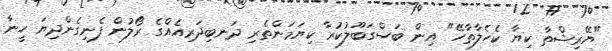
"ޔޭރިޝްތާ ކިޔާ ކެހެލާތާހޭ" އިން ބަސްގަބޫލުކުރާ ކިޔަމަންތެރި ދަނބިދަރިއެއްގެ ރޯލުން ފެނިގެންދިޔަ ހީނާ